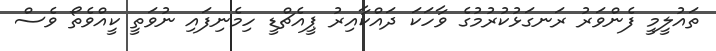
ތައުލީމީ ފެންވަރު ރަނގަޅުކުރުމުގެ ވާހަކަ ދައްކާއިރު ޕީއެޗްޑީ ހިމެނިފައި ނުވަތީ ކީއްވެތޯ ވެސް